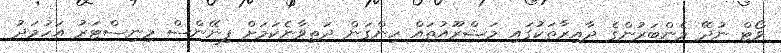
ވޯޓް ނުދޭ މެންބަރުންގެ ދާއިރާތަކުގައި މަޝްރޫއުތައް ހިންގަން ދަތިވާނެކަމަށް ފިނޭންސް މިނިސްޓަރު އަހުމަދު